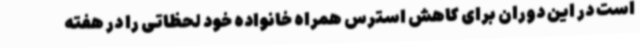
است در این دوران برای کاهش استرس همراه خانواده خود لحظاتی را در هفته